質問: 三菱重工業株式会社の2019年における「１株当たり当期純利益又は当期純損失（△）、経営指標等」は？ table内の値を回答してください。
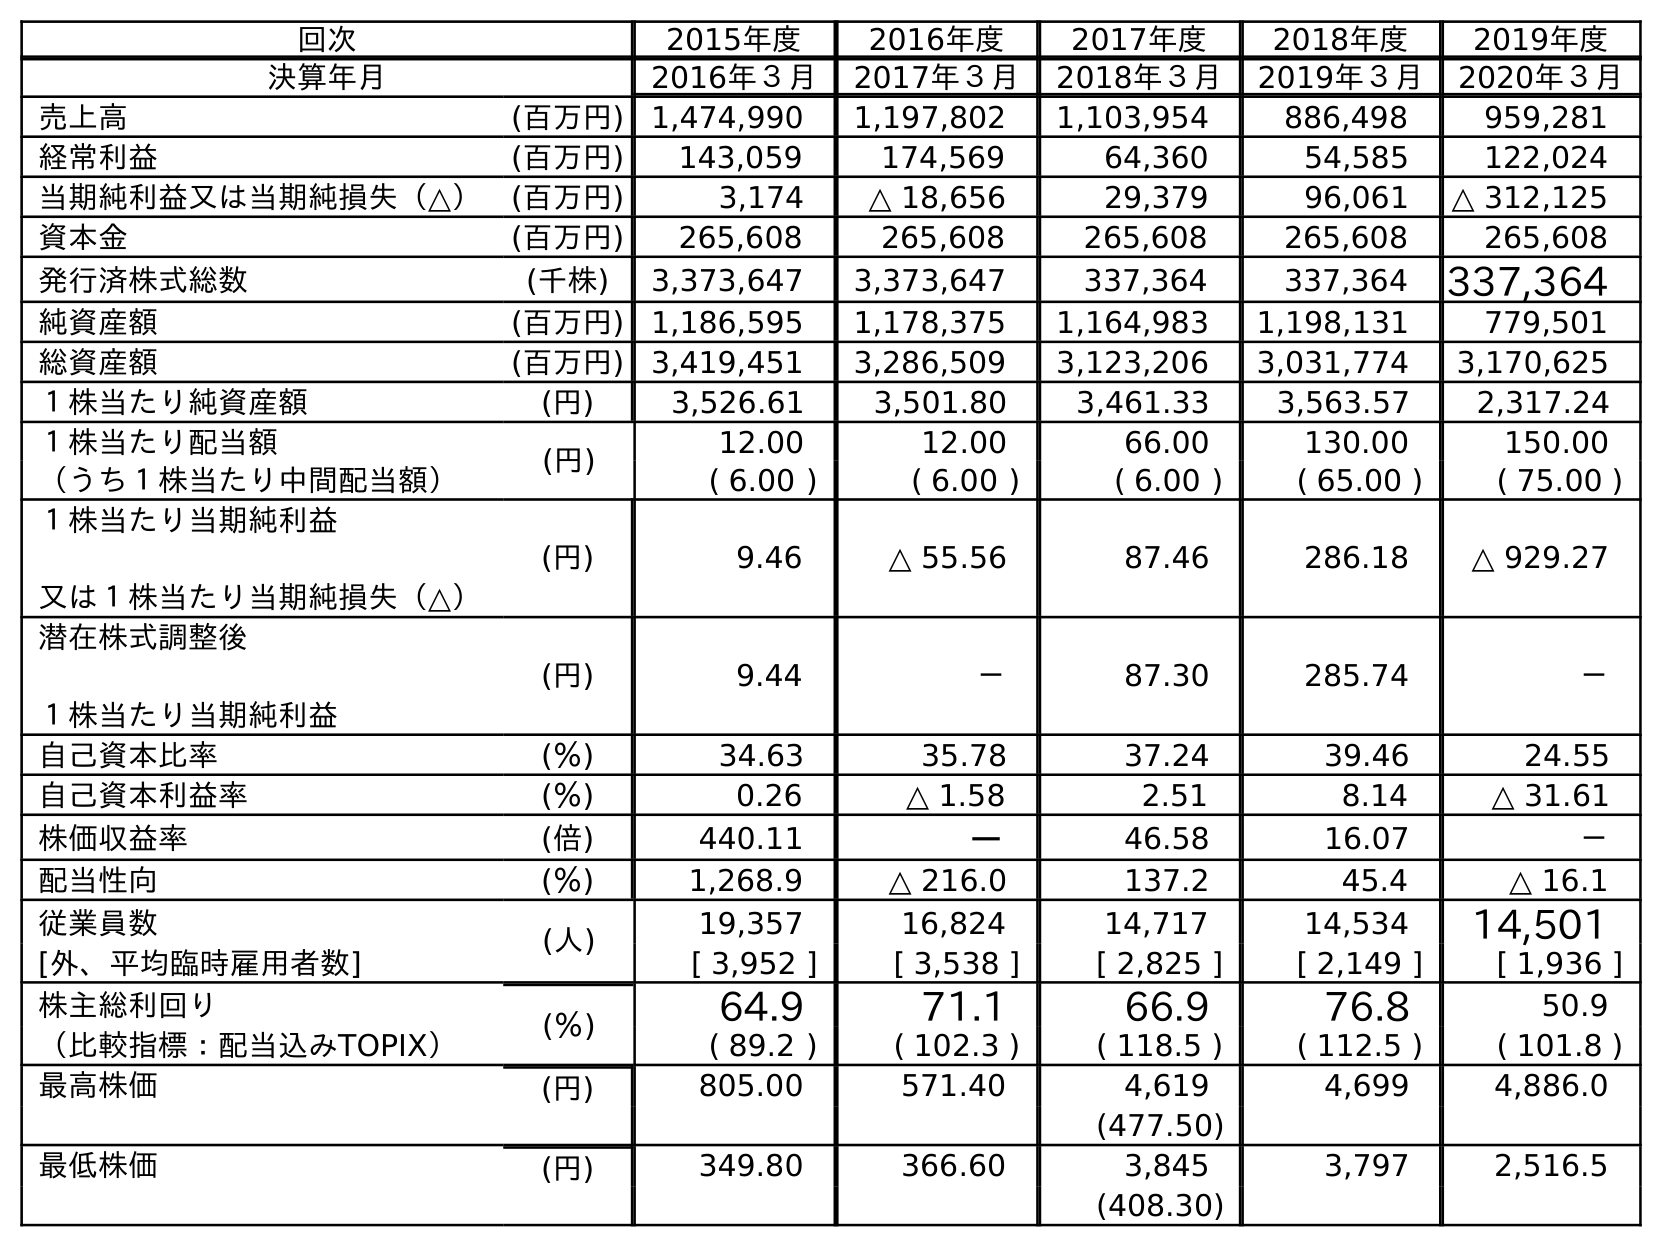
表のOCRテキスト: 回次 2015年度 2016年度 2017年度 2018年度 2019年度 決算年月 2016年３月 2017年３月 2018年３月 2019年３月 2020年３月 売上高 (百万円) 1,474,990 1,197,802 1,103,954 886,498 959,281 経常利益 (百万円) 143,059 174,569 64,360 54,585 122,024 当期純利益又は当期純損失（△） (百万円) 3,174 △ 18,656 29,379 96,061 △ 312,125 資本金 (百万円) 265,608 265,608 265,608 265,608 265,608 発行済株式総数 (千株) 3,373,647 3,373,647 337,364 337,364 337,364 純資産額 (百万円) 1,186,595 1,178,375 1,164,983 1,198,131 779,501 総資産額 (百万円) 3,419,451 3,286,509 3,123,206 3,031,774 3,170,625 １株当たり純資産額 (円) 3,526.61 3,501.80 3,461.33 3,563.57 2,317.24 １株当たり配当額 (円) 12.00 12.00 66.00 130.00 150.00 （うち１株当たり中間配当額） ( 6.00 ) ( 6.00 ) ( 6.00 ) ( 65.00 ) ( 75.00 ) １株当たり当期純利益 又は１株当たり当期純損失（△） (円) 9.46 △ 55.56 87.46 286.18 △ 929.27 潜在株式調整後 １株当たり当期純利益 (円) 9.44 － 87.30 285.74 － 自己資本比率 (％) 34.63 35.78 37.24 39.46 24.55 自己資本利益率 (％) 0.26 △ 1.58 2.51 8.14 △ 31.61 株価収益率 (倍) 440.11 － 46.58 16.07 － 配当性向 (％) 1,268.9 △ 216.0 137.2 45.4 △ 16.1 従業員数 (人) 19,357 16,824 14,717 14,534 14,501 [外、平均臨時雇用者数] [ 3,952 ] [ 3,538 ] [ 2,825 ] [ 2,149 ] [ 1,936 ] 株主総利回り (％) 64.9 71.1 66.9 76.8 50.9 （比較指標：配当込みTOPIX） ( 89.2 ) ( 102.3 ) ( 118.5 ) ( 112.5 ) ( 101.8 ) 最高株価 (円) 805.00 571.40 4,619 4,699 4,886.0 (477.50) 最低株価 (円) 349.80 366.60 3,845 3,797 2,516.5 (408.30)
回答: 286.18